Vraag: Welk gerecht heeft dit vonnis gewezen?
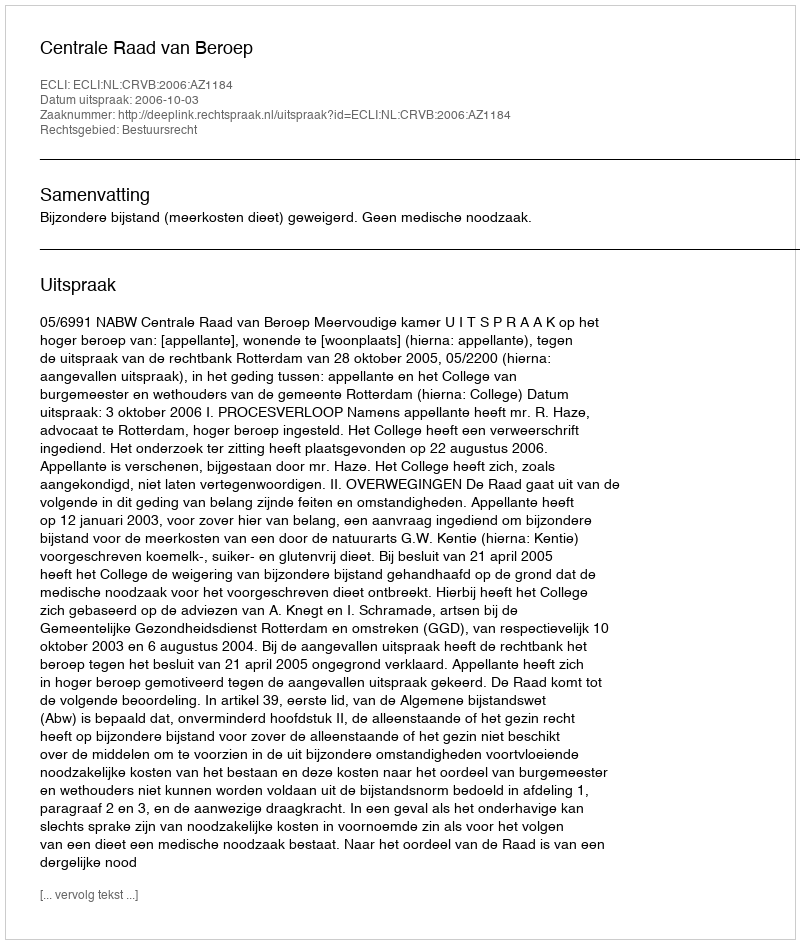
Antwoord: Centrale Raad van Beroep